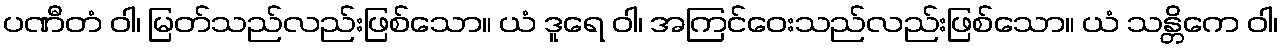
ပဏီတံ ဝါ၊ မြတ်သည်လည်းဖြစ်သော။ ယံ ဒူရေ ဝါ၊ အကြင်ဝေးသည်လည်းဖြစ်သော။ ယံ သန္တိကေ ဝါ၊